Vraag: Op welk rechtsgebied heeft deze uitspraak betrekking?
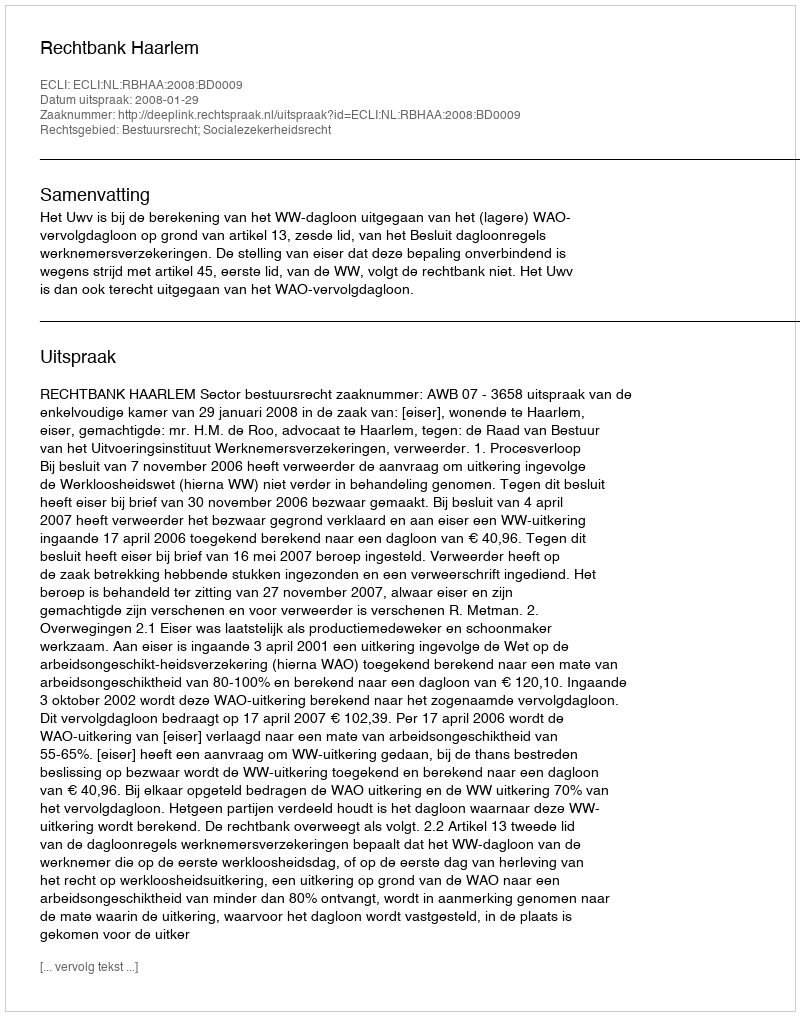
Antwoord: Bestuursrecht; Socialezekerheidsrecht